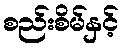
စည်းစိမ်နှင့်